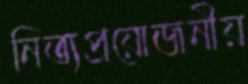
নিত্যপ্রয়োজনীয়